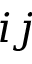
i j